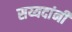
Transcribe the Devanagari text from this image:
सय्यदांनी